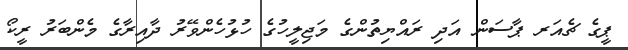
ޕީގެ ޗެއަރ ޕާސަން އަދި ރައްޔިތުންގެ މަޖިލީހުގެ ހުޅުހެންވޭރު ދާއިރާގެ މެންބަރު ރީކޯ